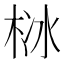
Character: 栤